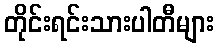
တိုင်းရင်းသားပါတီများ